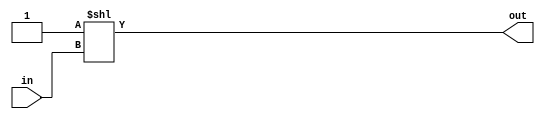
// Adopted from https://circuitcove.com/design-examples-decoders/
`timescale 1 ns / 1 ps

module decoder
  # (parameter ENCODE_WIDTH = 4,
     parameter DECODE_WIDTH = 2**ENCODE_WIDTH
    )

  (
    input  [ENCODE_WIDTH-1:0] in,
    output [DECODE_WIDTH-1:0] out
  );

  localparam latency = 1;

  assign #latency out = 'b1<<in;

endmodule